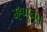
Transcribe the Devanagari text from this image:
म्ह्णूनच